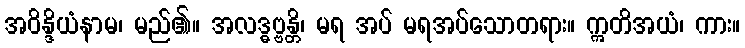
အဝိန္ဒိယံနာမ၊ မည်၏။ အလဒ္ဓဗ္ဗန္တိ၊ မရ အပ် မရအပ်သောတရား။ ဣတိအယံ၊ ကား။